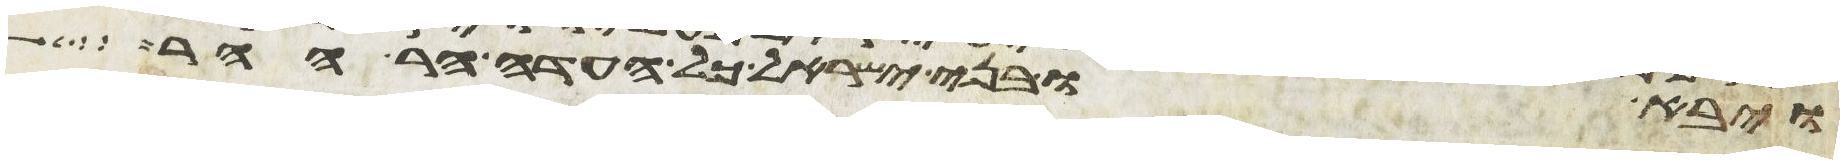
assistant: ויבאו בני ישראל כל העדה הר ההר